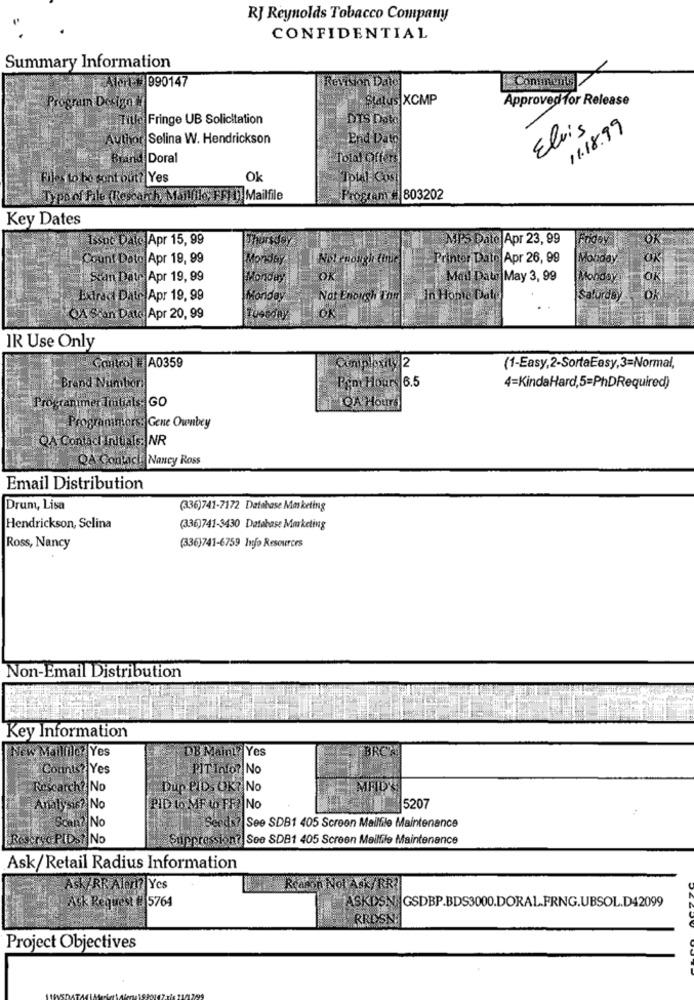
RJ Reynolds Tobacco Company
CONFIDENTIAL
Summary Information
Alert 990147
Revision Dato
Comments
. Status XCMP
Approved for Release
Program Design &
Title Fringe UB Solicitation
DIS Date
Elvis
11.18.99
Author Selina W. Hendrickson
End Dato
Brand Doral
Tolal Offers
Files to be sont out? Yes
Ok
TplAt Cost
Type of File (Research, Mailfile, FF) [] Mailfile
Programy # 803202
Key Dates
Issut Daic Apr 15, 99
MPS Date Apr 23, 99
Fodey
OR
Count Dato Apr 19, 99
Monday
Not enough time
Printer Dato Apr 26, 99
Monday
OK
Scan Date Apr 19, 99
Monday
OK
Mail Daur May 3, 99
Monday
Extract Date Apr 19, 99
Monday
Not Enough Things in Honte Date
Saturday
OA Stan Date Apr 20, 99
10et
OK
IR Use Only
Control # A0359
Complexity 2
(1-Easy,2-SortaEasy,3=Normal,
Brand Number:
Bem Hours 6.5
4=KindaHard,5=PhDRequired)
Progranimer Tratials- GO
QA Hours
Programimers: Gene Ownbey
QA Contact Initials: NR
QA Contact Nancy Ross
Email Distribution
Drum, Lisa
(336)741-7172 Database Mm keting
Hendrickson, Selina
(336)741-3430 Database Marketing
Ross, Nancy
(336)741-6759 Info Resources
Non-Email Distribution
Key Information
Yes
New M
DB Maint? Yes
BRC
Counts? Yes
PIT Info? No
Rescarch? No
Dup PID. OK? No
MFIDY
Analysis? No
PID to ME to FF? No
5207
No
87 See SDB1 405 Scroon Mallfile Maintenance
Resersa PIDs? No
Suppression? See SDB1 405 Screen Mailfile Maintenance
Ask/Retail Radius Information
Ask/RR Alem? Yes
Reason Noi Ask/RR?
Ask Request # 5764
ASKDSN GSDBP.BDS3000.DORAL.FRNG.UBSOL.D42099
RRDSN
Project Objectives